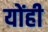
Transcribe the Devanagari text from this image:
योंही